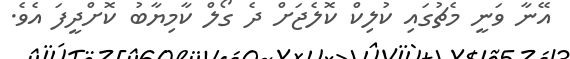
އޭނާ ވަނީ މެޗުގައި ކުލިކް ކޮލެޖަށް ދެ ގޯލް ކާމިޔާބު ކޮށްދީފަ އެވެ.